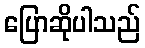
ပြောဆိုပါသည်